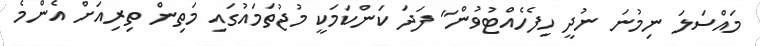
މައްސަލަ ނިމުނަ ނުދީ ހިފެހެއްޓުވުން" ފަދަ ކަންކަމަކީ މުޖުތަމައުގައި މަތިން ތިރިއަށް އެންމެ